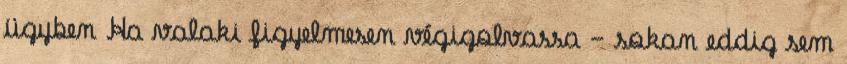
ügyben Ha valaki figyelmesen végigolvassa - sokan eddig sem